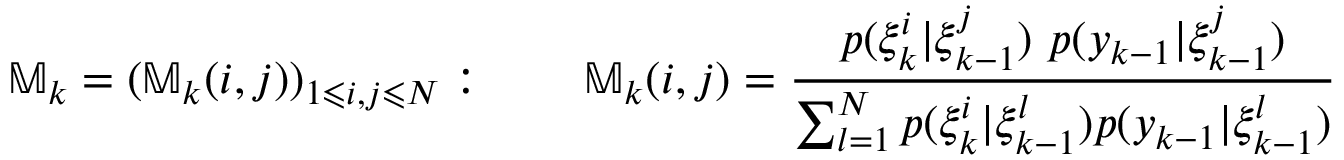
\mathbb { M } _ { k } = ( \mathbb { M } _ { k } ( i , j ) ) _ { 1 \leqslant i , j \leqslant N } : \qquad \mathbb { M } _ { k } ( i , j ) = { \frac { p ( \xi _ { k } ^ { i } | \xi _ { k - 1 } ^ { j } ) ~ p ( y _ { k - 1 } | \xi _ { k - 1 } ^ { j } ) } { \sum _ { l = 1 } ^ { N } p ( \xi _ { k } ^ { i } | \xi _ { k - 1 } ^ { l } ) p ( y _ { k - 1 } | \xi _ { k - 1 } ^ { l } ) } }